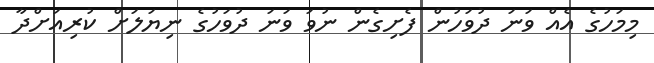
މިމަހުގެ އެއް ވަނަ ދުވަހުން ފެށިގެން ނުވަ ވަނަ ދުވަހުގެ ނިޔަލަށް ކުރިއަށްދާ